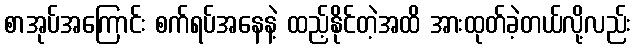
စာအုပ်အကြောင်း စက်ရပ်အနေနဲ့ ထည့်နိုင်တဲ့အထိ အားထုတ်ခဲ့တယ်လို့လည်း